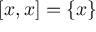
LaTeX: [ x , x ] = \{ x \}